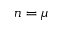
n = \mu